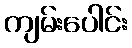
ကျမ်းပေါင်း